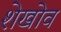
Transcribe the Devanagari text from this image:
शेखोव